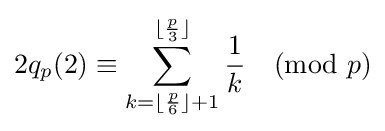
2q_{p}(2)\equiv \sum _{k=\lfloor {\frac {p}{6}}\rfloor +1}^{\lfloor {\frac {p}{3}}\rfloor }{\frac {1}{k}}{\pmod {p}}